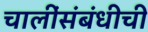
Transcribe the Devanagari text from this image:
चालींसंबंधीची